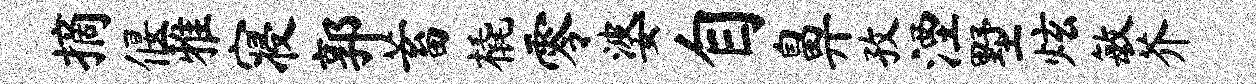
摘偃雅寝郭蓄橇零婆自鼻孜湮墅炫敏芥